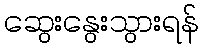
ဆွေးနွေးသွားရန်